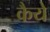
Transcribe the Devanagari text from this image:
कैये